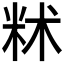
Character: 𬖔